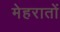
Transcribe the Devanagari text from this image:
मेहरातों